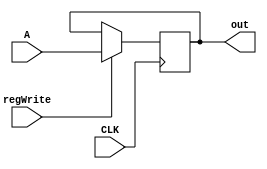
`timescale 1ns / 1ps
//////////////////////////////////////////////////////////////////////////////////
// Company: 
// Engineer: 
// 
// Design Name: 
// Module Name:    Register 
// Project Name: 
// Target Devices: 
// Tool versions: 
// Description: 
//
// Dependencies: 
//
// Revision: 
// Revision 0.01 - File Created
// Additional Comments: 
//
//////////////////////////////////////////////////////////////////////////////////
module Register(
    input CLK,
    input [15:0] A,
	 input regWrite,
    output reg[15:0] out
    );
	 //reg o;
	 //assign out = o;
	 initial begin
	 out <=0;
	 end;
always @ (negedge (CLK))begin
if(regWrite ==1)
	out<=A;

end

endmodule